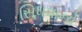
સિધવાનો